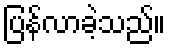
ပြန်လာခဲ့သည်။